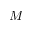
M